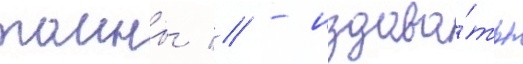
таины // - издава́ть